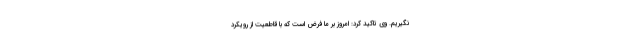
نگیریم. وی تاکید کرد: امروز بر ما فرض است که با قاطعیت از رویکرد